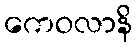
ကေဝလာနိ